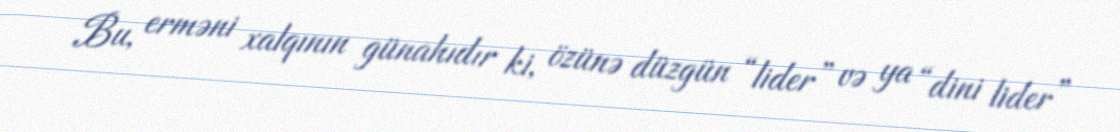
Bu, erməni xalqının günahıdır ki, özünə düzgün “lider” və ya “dini lider”